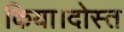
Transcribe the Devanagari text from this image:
किया।दोस्त